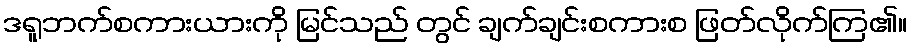
ဒရူဘက်စကားယားကို မြင်သည် တွင် ချက်ချင်းစကားစ ဖြတ်လိုက်ကြ၏။